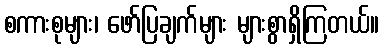
စကားစုများ၊ ဖော်ပြချက်များ များစွာရှိကြတယ်။